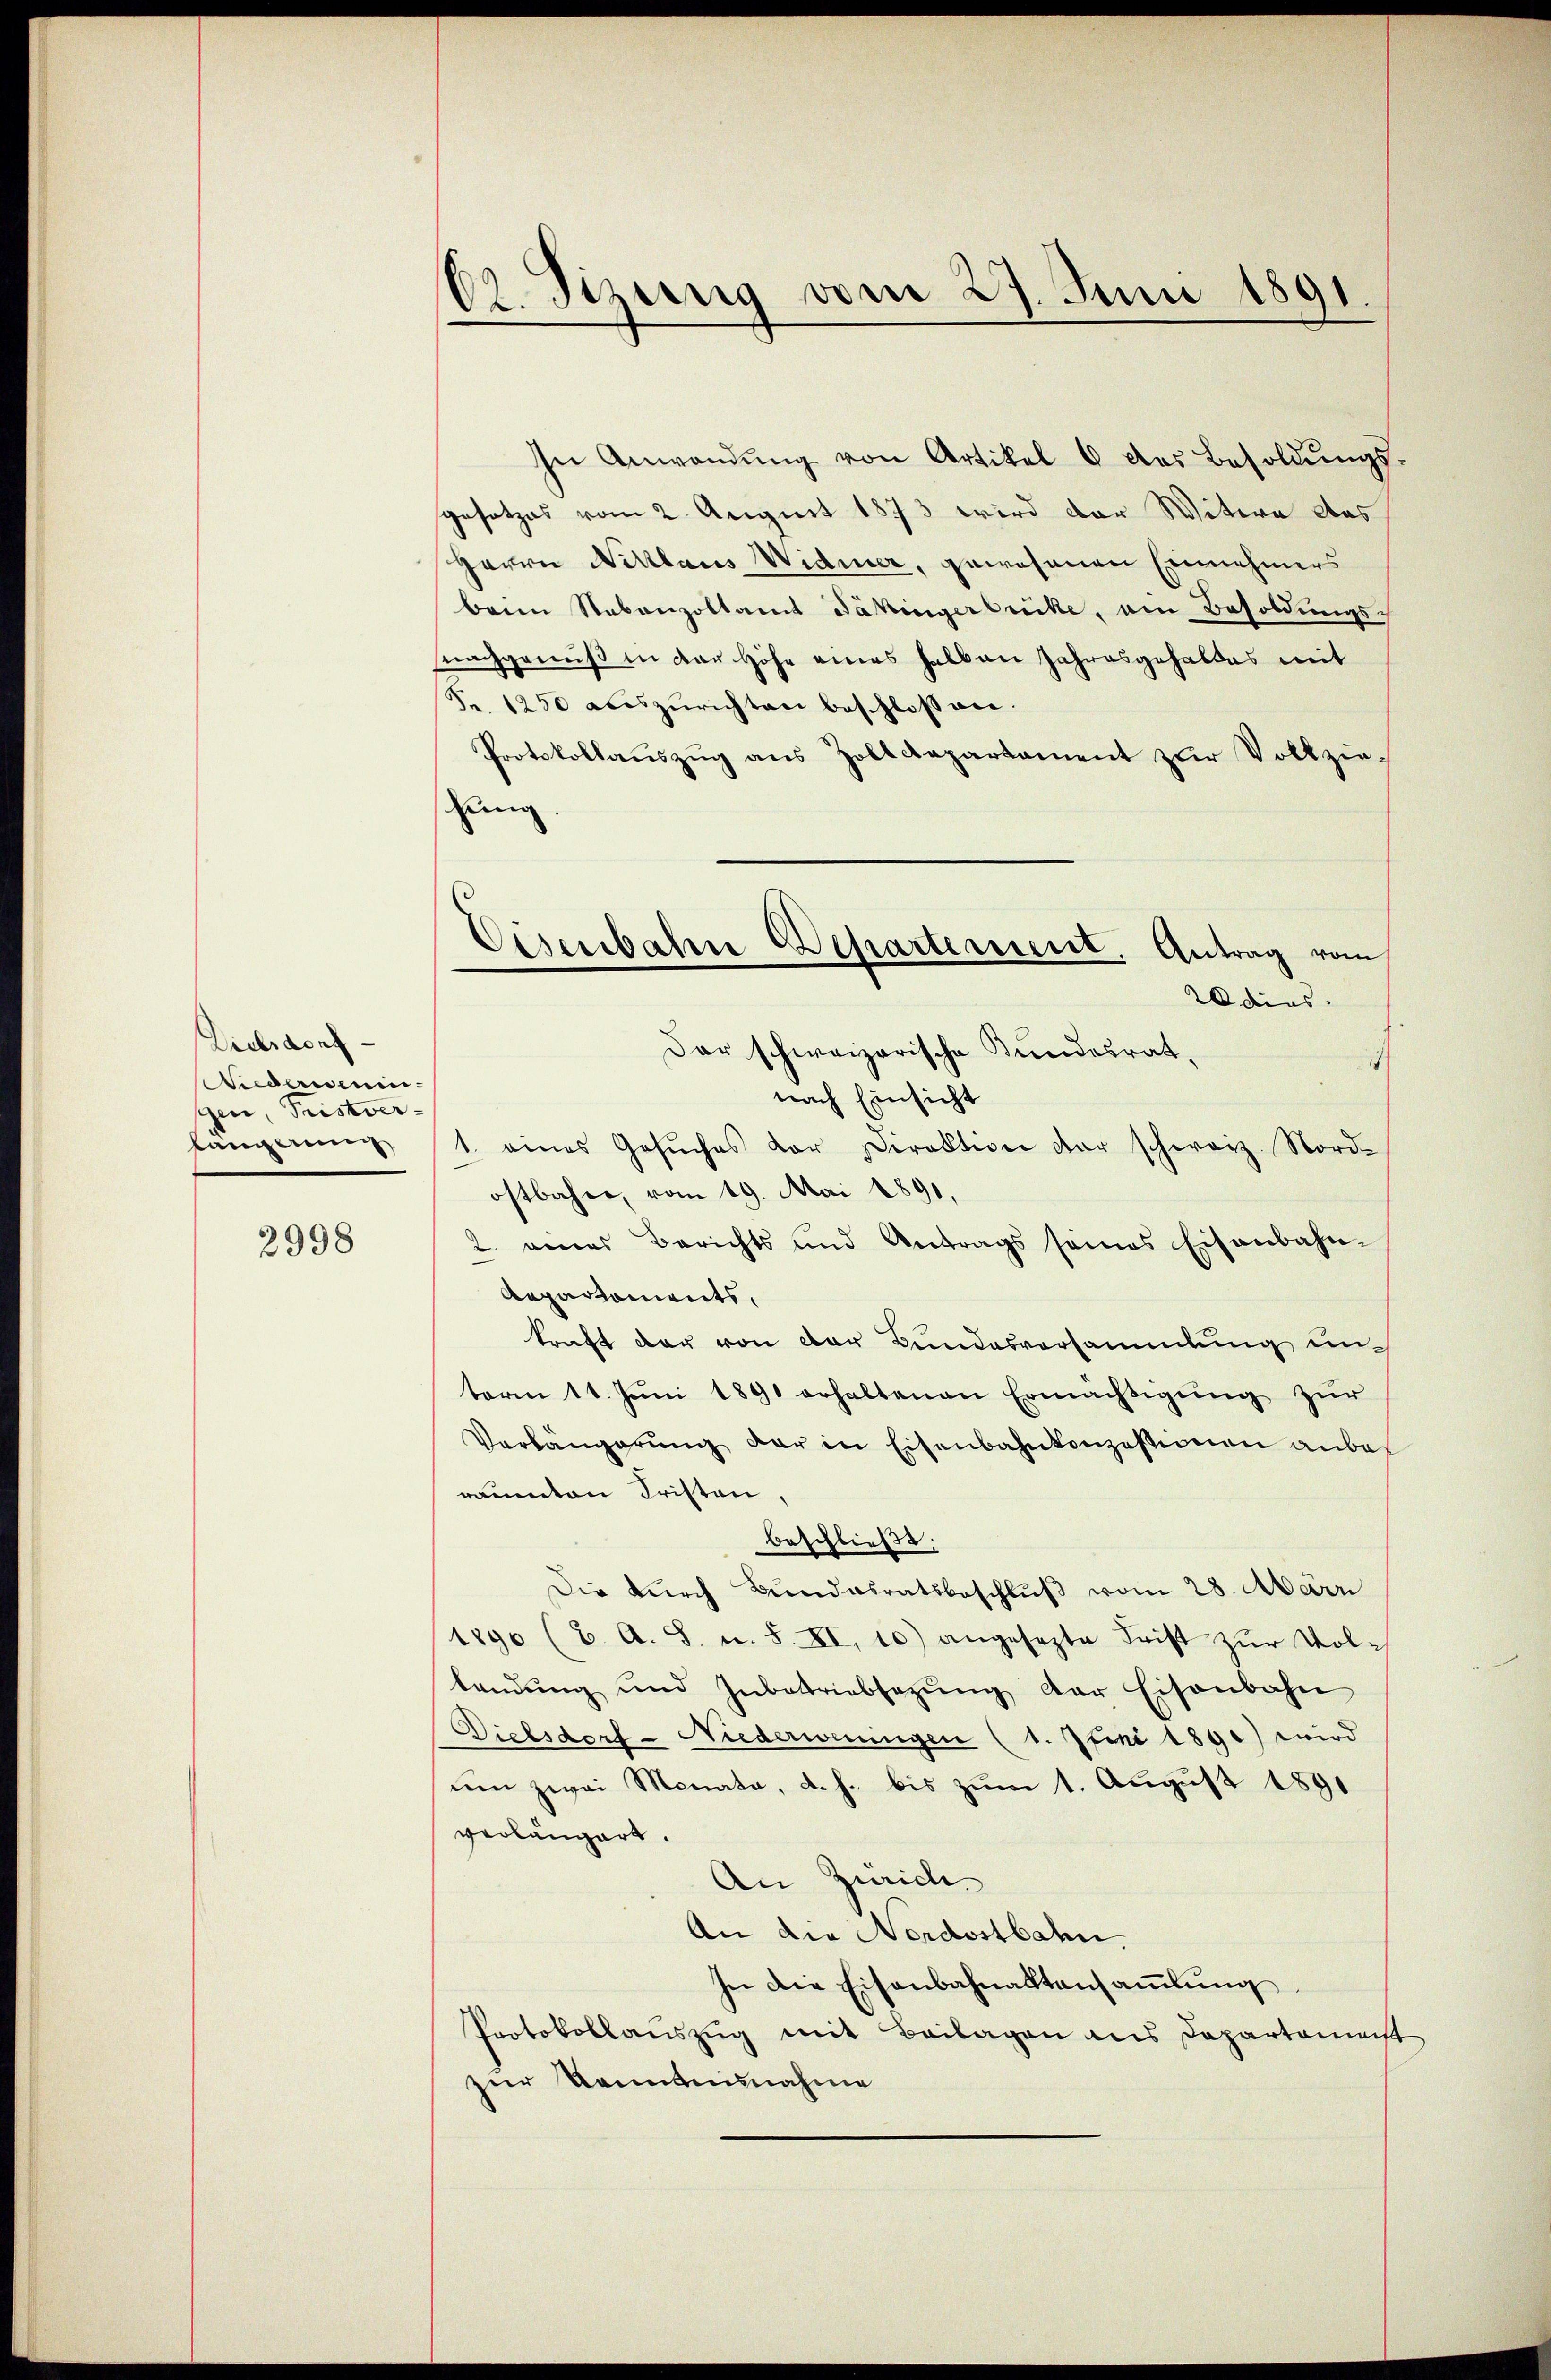
Dielsdorf
Wiederweningen Fristver-
längerung

2998

62. Sizung vom 27. Juni 1891.

In Anwendŭng von Artikel 6 des Besoldŭngs-
gesetzes vom 2. August 1873 wird der Witere des
Herrn Niklaus Widmer, gewesenen Einnehmers
beim Nebenzoltamt Däkingerbrücke, am Besoldungs-
nachgenuß in der Höhe eines halben Jahresgehaldes mit
Fr. 1250 auszurichten beschlossen.
Protokollaŭszŭg ans Zolldepartament zŭr Vollzie-
chung.
20 dies
Der schweizerische Bundesrat,
s
nach Einsicht
1. eines Gesŭches vor Direktion der schwarz. Nord-
ostbahne, vom 19. Mai 1891.
2. eines Berichts und Antrags seines Eisenbahn-
Repartements,
kraft der von der Bundesvorsammlung unterm 11. Jŭni 1890 erhaltenen Ermächtigŭng zŭr
Verlängerŭng der in Eisenbahnkonzessionen anbe
räumten Fristen,
beschließt:
Die durch Bundesratsbeschlŭβ vom 28. Mair
1890 (2. A. S. u. S. XI. 10) angesezte Frist zŭr Vol-
lendŭng und Inbetriebsazŭng der Eisenbahn
Dielsdorf - Niederweningen (1. Juni 1891) wird
um zwei Monate, d. h. bis zum 1. August 1891
verlängert.
An Zürich
An die Nordostbahn.
In die Eisenbahnaktansammlung
Protokollauszug mit Beilagen aus Departamenst
zur Kenntnisnahme

Eisenbahne Departement. Antrag vom